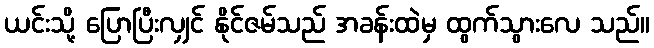
ယင်းသို့ ပြောပြီးလျှင် နိုင်ဇမ်သည် အခန်းထဲမှ ထွက်သွားလေ သည်။